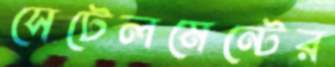
সেটেলমেন্টের